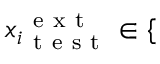
{ x _ { i } } _ { \mathrm { ~ t ~ e ~ s ~ t ~ } } ^ { \mathrm { ~ e ~ x ~ t ~ } } \in \{